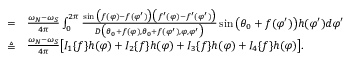
\begin{array} { r l } { = } & { { } \frac { \omega _ { N } - \omega _ { S } } { 4 \pi } \int _ { 0 } ^ { 2 \pi } \frac { \sin \big ( f ( \varphi ) - f ( \varphi ^ { \prime } ) \big ) \big ( f ^ { \prime } ( \varphi ) - f ^ { \prime } ( \varphi ^ { \prime } ) \big ) } { D \big ( \theta _ { 0 } + f ( \varphi ) , \theta _ { 0 } + f ( \varphi ^ { \prime } ) , \varphi , \varphi ^ { \prime } \big ) } \sin \big ( \theta _ { 0 } + f ( \varphi ^ { \prime } ) \big ) h ( \varphi ^ { \prime } ) d \varphi ^ { \prime } } \\ { \triangleq } & { { } \frac { \omega _ { N } - \omega _ { S } } { 4 \pi } \big [ I _ { 1 } \{ f \} h ( \varphi ) + I _ { 2 } \{ f \} h ( \varphi ) + I _ { 3 } \{ f \} h ( \varphi ) + I _ { 4 } \{ f \} h ( \varphi ) \big ] . } \end{array}